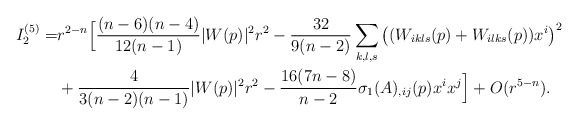
\begin{align*}I_2^{(5)}=&r^{2-n}\Big[\frac{(n-6)(n-4)}{12(n-1)}|W(p)|^2r^2-\frac{32}{9(n-2)}\sum_{k,l,s}\big((W_{ikls}(p)+W_{ilks}(p))x^i\big)^2 \\& +\frac{4}{3(n-2)(n-1)}|W(p)|^2r^2-\frac{16(7n-8)}{n-2}\sigma_1(A)_{,ij}(p)x^ix^j\Big]+O(r^{5-n}).\end{align*}